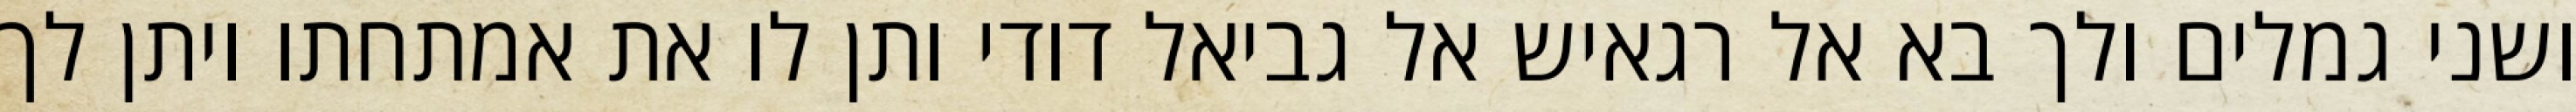
ושני גמלים ולך בא אל רגאיש אל גביאל דודי ותן לו את אמתחתו ויתן לך